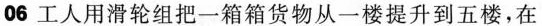
06 工人用滑轮组把一箱箱货物从一楼提升到五楼，在